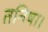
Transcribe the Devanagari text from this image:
तनिषा।